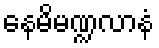
နေမိမဏ္ဍလာနံ